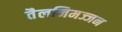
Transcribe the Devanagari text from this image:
तैलनिमज्जन